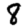
Digit: 8